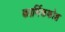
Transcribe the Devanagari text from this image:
कार्मिककोश